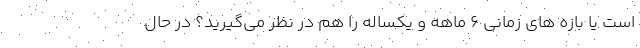
است یا بازه های زمانی ۶ ماهه و یکساله را هم در نظر می‌گیرید؟ در حال